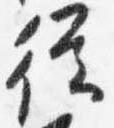
従